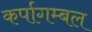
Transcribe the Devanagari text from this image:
कर्पागम्बल